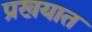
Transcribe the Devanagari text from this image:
प्रखयात